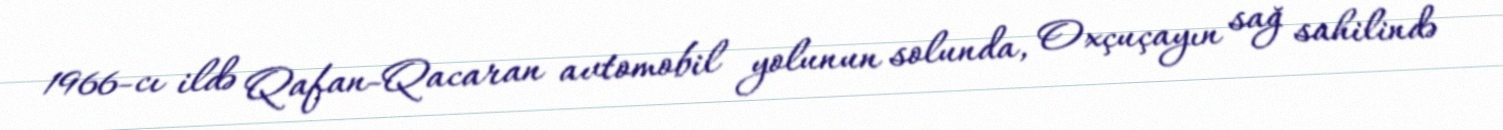
1966-cı ildə Qafan-Qacaran avtomobil yolunun solunda, Oxçuçayın sağ sahilində